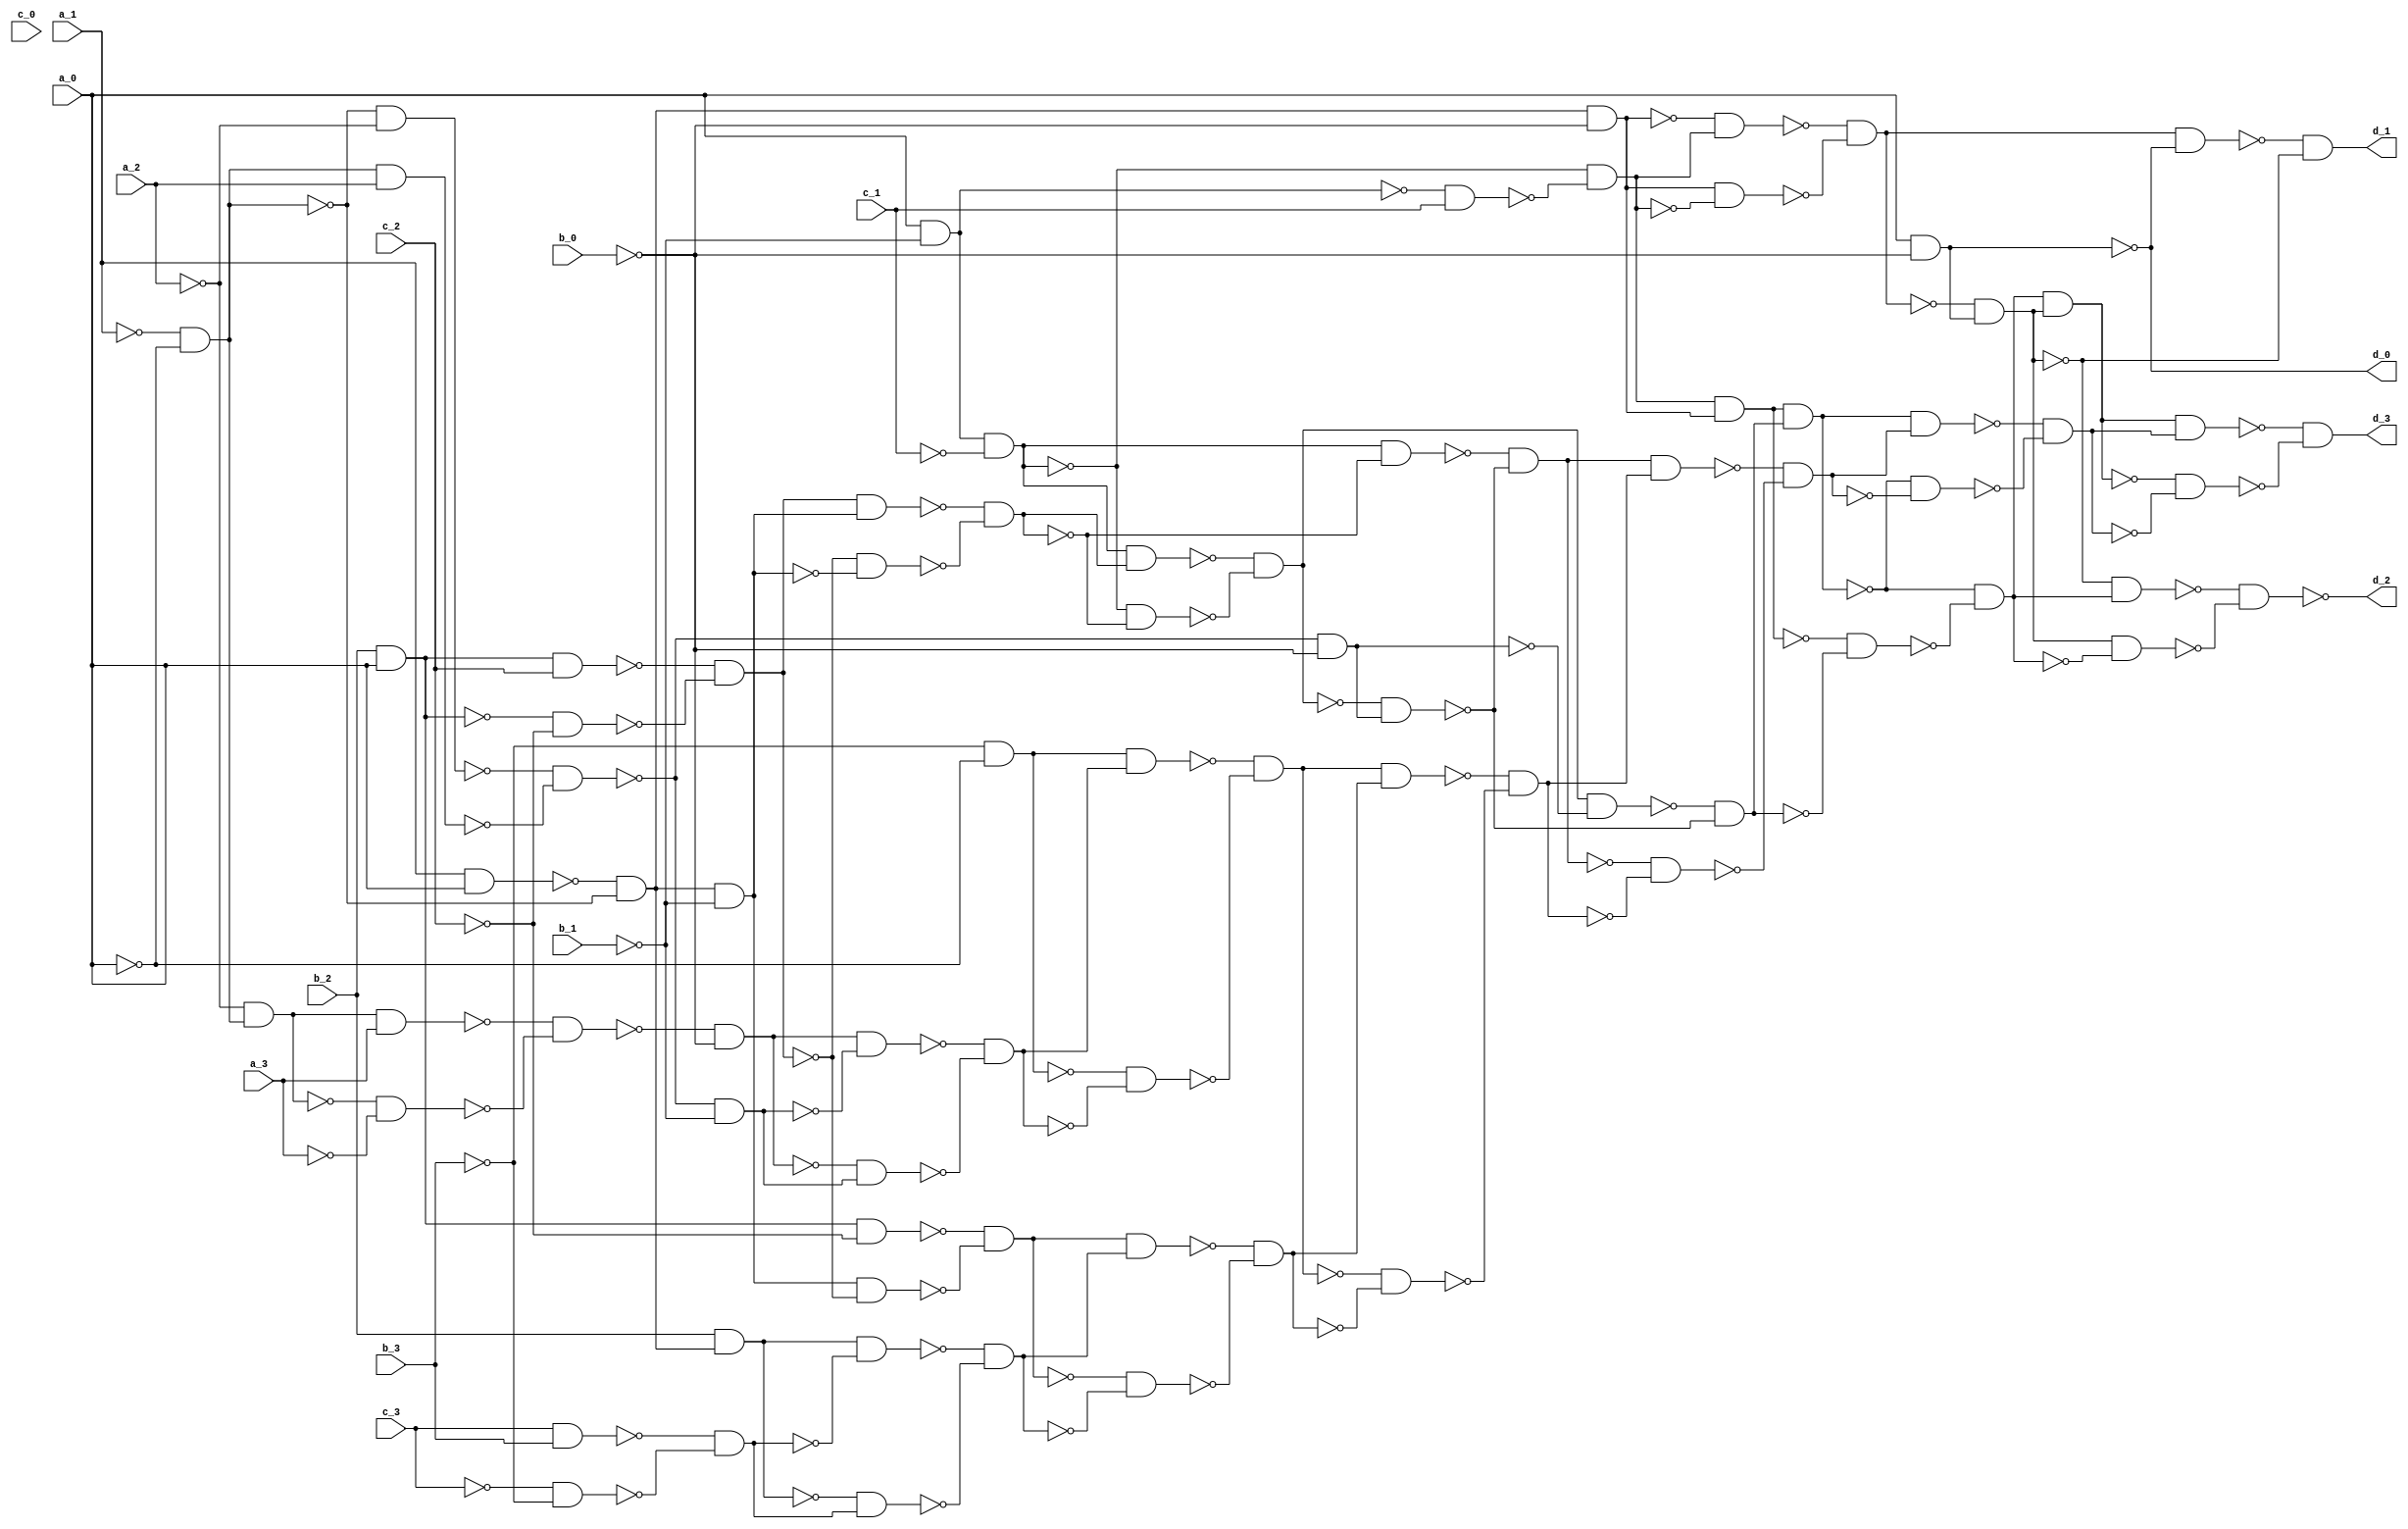
/* Generated by Yosys 0.36+13 (git sha1 373b651d5, clang 10.0.0-4ubuntu1 -fPIC -Os) */

module gen(a_0, a_1, a_2, a_3, b_0, b_1, b_2, b_3, c_0, c_1, c_2, c_3, d_0, d_1, d_2, d_3);
  wire _000_;
  wire _001_;
  wire _002_;
  wire _003_;
  wire _004_;
  wire _005_;
  wire _006_;
  wire _007_;
  wire _008_;
  wire _009_;
  wire _010_;
  wire _011_;
  wire _012_;
  wire _013_;
  wire _014_;
  wire _015_;
  wire _016_;
  wire _017_;
  wire _018_;
  wire _019_;
  wire _020_;
  wire _021_;
  wire _022_;
  wire _023_;
  wire _024_;
  wire _025_;
  wire _026_;
  wire _027_;
  wire _028_;
  wire _029_;
  wire _030_;
  wire _031_;
  wire _032_;
  wire _033_;
  wire _034_;
  wire _035_;
  wire _036_;
  wire _037_;
  wire _038_;
  wire _039_;
  wire _040_;
  wire _041_;
  wire _042_;
  wire _043_;
  wire _044_;
  wire _045_;
  wire _046_;
  wire _047_;
  wire _048_;
  wire _049_;
  wire _050_;
  wire _051_;
  wire _052_;
  wire _053_;
  wire _054_;
  wire _055_;
  wire _056_;
  wire _057_;
  wire _058_;
  wire _059_;
  wire _060_;
  wire _061_;
  wire _062_;
  wire _063_;
  wire _064_;
  wire _065_;
  wire _066_;
  wire _067_;
  wire _068_;
  wire _069_;
  wire _070_;
  wire _071_;
  wire _072_;
  wire _073_;
  wire _074_;
  wire _075_;
  wire _076_;
  wire _077_;
  wire _078_;
  wire _079_;
  wire _080_;
  wire _081_;
  wire _082_;
  wire _083_;
  wire _084_;
  wire _085_;
  wire _086_;
  wire _087_;
  wire _088_;
  wire _089_;
  wire _090_;
  wire _091_;
  wire _092_;
  wire _093_;
  wire _094_;
  wire _095_;
  wire _096_;
  wire _097_;
  wire _098_;
  wire _099_;
  wire _100_;
  wire _101_;
  wire _102_;
  wire _103_;
  wire _104_;
  wire _105_;
  wire _106_;
  wire _107_;
  wire _108_;
  wire _109_;
  wire _110_;
  wire _111_;
  wire _112_;
  wire _113_;
  wire _114_;
  wire _115_;
  wire _116_;
  wire _117_;
  wire _118_;
  wire _119_;
  wire _120_;
  wire _121_;
  wire _122_;
  wire _123_;
  wire _124_;
  wire _125_;
  wire _126_;
  wire _127_;
  wire _128_;
  wire _129_;
  wire _130_;
  wire _131_;
  wire _132_;
  wire _133_;
  wire _134_;
  wire _135_;
  wire _136_;
  wire _137_;
  wire _138_;
  wire _139_;
  wire _140_;
  wire _141_;
  wire _142_;
  wire _143_;
  wire _144_;
  wire _145_;
  wire _146_;
  wire _147_;
  wire _148_;
  wire _149_;
  wire _150_;
  wire _151_;
  wire _152_;
  wire _153_;
  wire _154_;
  wire _155_;
  wire _156_;
  wire _157_;
  wire _158_;
  wire _159_;
  wire _160_;
  wire _161_;
  wire _162_;
  wire _163_;
  wire _164_;
  input a_0;
  wire a_0;
  input a_1;
  wire a_1;
  input a_2;
  wire a_2;
  input a_3;
  wire a_3;
  input b_0;
  wire b_0;
  input b_1;
  wire b_1;
  input b_2;
  wire b_2;
  input b_3;
  wire b_3;
  input c_0;
  wire c_0;
  input c_1;
  wire c_1;
  input c_2;
  wire c_2;
  input c_3;
  wire c_3;
  output d_0;
  wire d_0;
  output d_1;
  wire d_1;
  output d_2;
  wire d_2;
  output d_3;
  wire d_3;
not g0(d_0, _000_);
and g1(_009_, b_2, a_0);
not g2(_016_, a_2);
and g3(_000_, a_0, _090_);
and g4(_002_, a_0, _091_);
and g5(_042_, _092_, c_1);
and g6(_003_, _093_, _094_);
and g7(_043_, a_1, a_0);
and g8(_045_, _097_, _017_);
and g9(_046_, _045_, _090_);
and g10(_047_, _004_, _003_);
and g11(_048_, _046_, _098_);
and g12(_005_, _099_, _100_);
and g13(_049_, _005_, d_0);
and g14(_050_, _101_, _000_);
and g15(d_1, _102_, _040_);
and g16(_051_, c_3, b_3);
and g17(_052_, _103_, _104_);
and g18(_053_, _105_, _106_);
and g19(_007_, b_2, _045_);
and g20(_054_, _007_, _006_);
and g21(_055_, _107_, _053_);
and g22(_008_, _108_, _109_);
and g23(_056_, _009_, _110_);
and g24(_011_, _045_, _091_);
and g25(_057_, _009_, c_2);
and g26(_058_, _111_, _110_);
and g27(_012_, _112_, _113_);
and g28(_013_, _011_, _114_);
and g29(_014_, _010_, _115_);
and g30(_059_, _014_, _008_);
and g31(_060_, _116_, _117_);
and g32(_015_, _118_, _119_);
and g33(_044_, _095_, _096_);
and g34(_061_, _017_, _016_);
and g35(_062_, _044_, a_2);
and g36(_018_, _120_, _121_);
and g37(_063_, _122_, _091_);
and g38(_020_, _016_, _044_);
and g39(_064_, _020_, a_3);
and g40(_065_, _123_, _124_);
and g41(_066_, _125_, _126_);
and g42(_022_, _021_, _090_);
and g43(_067_, _022_, _019_);
and g44(_068_, _127_, _063_);
and g45(_023_, _128_, _129_);
and g46(_024_, _104_, _096_);
and g47(_069_, _024_, _023_);
and g48(_070_, _130_, _131_);
and g49(_025_, _132_, _133_);
and g50(_071_, _025_, _015_);
and g51(_072_, _134_, _135_);
and g52(_026_, _136_, _137_);
and g53(_073_, _012_, _011_);
and g54(_074_, _114_, _138_);
and g55(_027_, _139_, _140_);
and g56(_028_, _002_, _001_);
and g57(_075_, _028_, _141_);
and g58(_076_, _122_, _090_);
and g59(_077_, _028_, _027_);
and g60(_078_, _093_, _141_);
and g61(_031_, _142_, _143_);
and g62(_032_, _144_, _076_);
and g63(_033_, _029_, _145_);
and g64(_079_, _033_, _026_);
and g65(_080_, _146_, _147_);
and g66(_034_, _148_, _149_);
and g67(_081_, _031_, _030_);
and g68(_035_, _150_, _145_);
and g69(_036_, _003_, _046_);
and g70(_082_, _037_, _034_);
and g71(_083_, _151_, _152_);
and g72(_038_, _153_, _154_);
and g73(_037_, _036_, _035_);
and g74(_084_, _155_, _156_);
and g75(_039_, _151_, _157_);
and g76(_041_, _039_, _050_);
and g77(_085_, _041_, _038_);
and g78(_086_, _158_, _159_);
and g79(d_3, _160_, _161_);
and g80(_087_, _040_, _039_);
and g81(_088_, _050_, _162_);
and g82(_089_, _163_, _164_);
not g83(_092_, _002_);
not g84(_094_, _042_);
not g85(_097_, _043_);
not g86(_004_, _046_);
not g87(_098_, _003_);
not g88(_099_, _047_);
not g89(_100_, _048_);
not g90(_101_, _005_);
not g91(_102_, _049_);
not g92(_040_, _050_);
not g93(_103_, c_3);
not g94(_105_, _051_);
not g95(_106_, _052_);
not g96(_006_, _053_);
not g97(_107_, _007_);
not g98(_108_, _054_);
not g99(_109_, _055_);
not g100(_010_, _056_);
not g101(_111_, _009_);
not g102(_110_, c_2);
not g103(_112_, _057_);
not g104(_113_, _058_);
not g105(_115_, _013_);
not g106(_116_, _014_);
not g107(_117_, _008_);
not g108(_118_, _059_);
not g109(_119_, _060_);
not g110(_095_, a_1);
not g111(_017_, _044_);
not g112(_120_, _061_);
not g113(_121_, _062_);
not g114(_091_, b_1);
not g115(_019_, _063_);
not g116(_123_, _020_);
not g117(_124_, a_3);
not g118(_125_, _064_);
not g119(_126_, _065_);
not g120(_021_, _066_);
not g121(_127_, _022_);
not g122(_128_, _067_);
not g123(_129_, _068_);
not g124(_104_, b_3);
not g125(_096_, a_0);
not g126(_130_, _024_);
not g127(_131_, _023_);
not g128(_132_, _069_);
not g129(_133_, _070_);
not g130(_134_, _025_);
not g131(_135_, _015_);
not g132(_136_, _071_);
not g133(_137_, _072_);
not g134(_114_, _012_);
not g135(_138_, _011_);
not g136(_139_, _073_);
not g137(_140_, _074_);
not g138(_001_, c_1);
not g139(_029_, _075_);
not g140(_122_, _018_);
not g141(_090_, b_0);
not g142(_030_, _076_);
not g143(_093_, _028_);
not g144(_141_, _027_);
not g145(_142_, _077_);
not g146(_143_, _078_);
not g147(_145_, _032_);
not g148(_146_, _033_);
not g149(_147_, _026_);
not g150(_148_, _079_);
not g151(_149_, _080_);
not g152(_144_, _031_);
not g153(_150_, _081_);
not g154(_152_, _034_);
not g155(_153_, _082_);
not g156(_154_, _083_);
not g157(_155_, _036_);
not g158(_156_, _035_);
not g159(_151_, _037_);
not g160(_157_, _084_);
not g161(_158_, _041_);
not g162(_159_, _038_);
not g163(_160_, _085_);
not g164(_161_, _086_);
not g165(_162_, _039_);
not g166(_163_, _087_);
not g167(_164_, _088_);
not g168(d_2, _089_);
endmodule